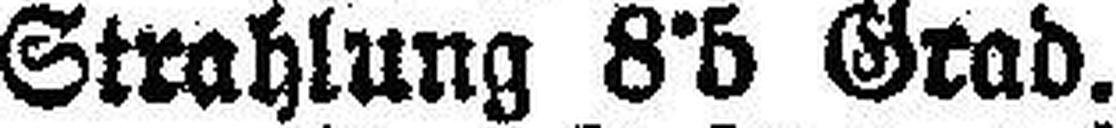
Strahlung 8°5 Grad.